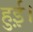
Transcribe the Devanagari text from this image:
हुई़़।